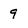
Character: 9